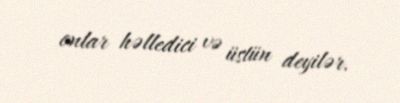
onlar həlledici və üstün deyilər.